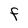
Character: f